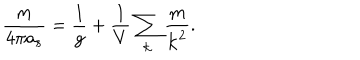
LaTeX: { \frac { m } { 4 \pi a _ { s } } } = { \frac { 1 } { g } } + { \frac { 1 } { V } } \sum _ { \bf k } { \frac { m } { { \bf k } ^ { 2 } } } .